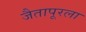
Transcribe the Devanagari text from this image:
जैतापूरला